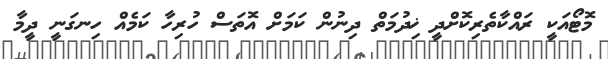
މޮޓޯއަކީ ރައްކާތެރިކޮށްދީ ޚިދުމަތް ދިނުން ކަމަށް އޮތަސް ހުރިހާ ކަމެއް ހިނގަނީ ދީމާ